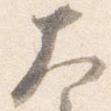
大